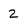
Character: Z